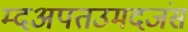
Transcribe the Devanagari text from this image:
म्दअपतउमदजंस